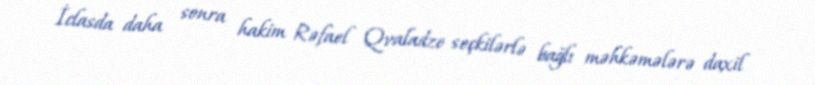
İclasda daha sonra hakim Rəfael Qvaladze seçkilərlə bağlı məhkəmələrə daxil